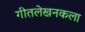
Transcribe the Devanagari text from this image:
गीतलेखनकला